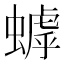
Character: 𬠦